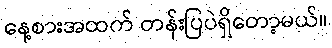
နေ့စားအထက် တန်းပြပဲရှိတော့မယ်။